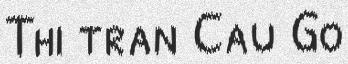
Thi tran Cau Go